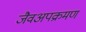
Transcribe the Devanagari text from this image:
जैवअपक्रमण